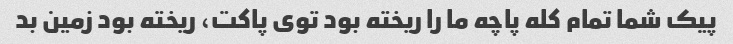
پیک شما تمام کله پاچه ما را ریخته بود توی پاکت، ریخته بود زمین بد